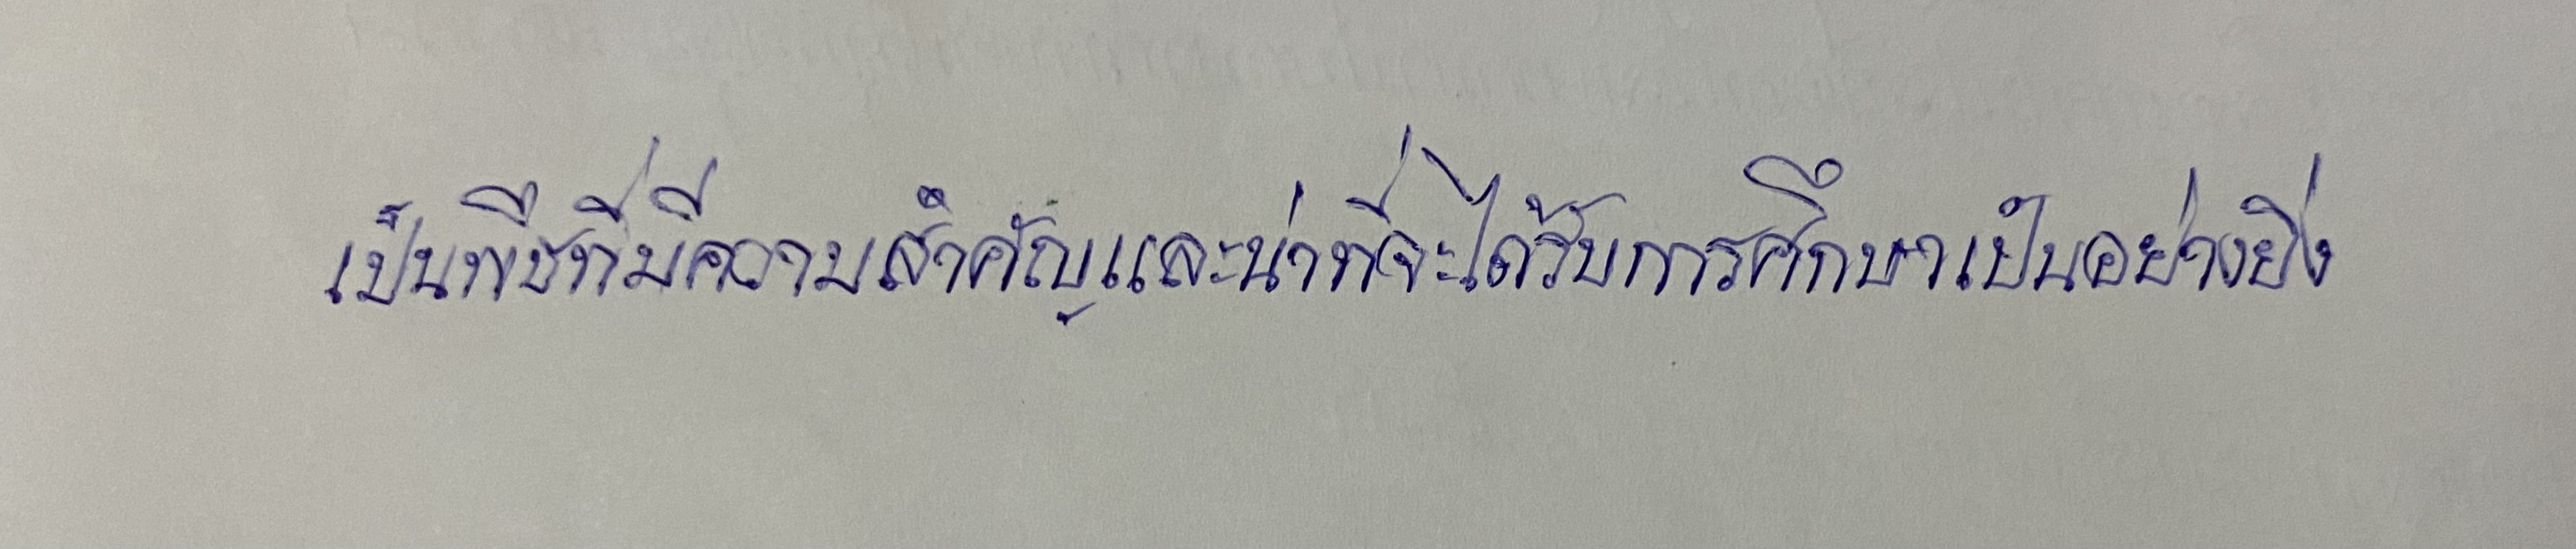
เป็นพืชที่มีความสำคัญและน่าที่จะได้รับการศึกษาเป็นอย่างยิ่ง